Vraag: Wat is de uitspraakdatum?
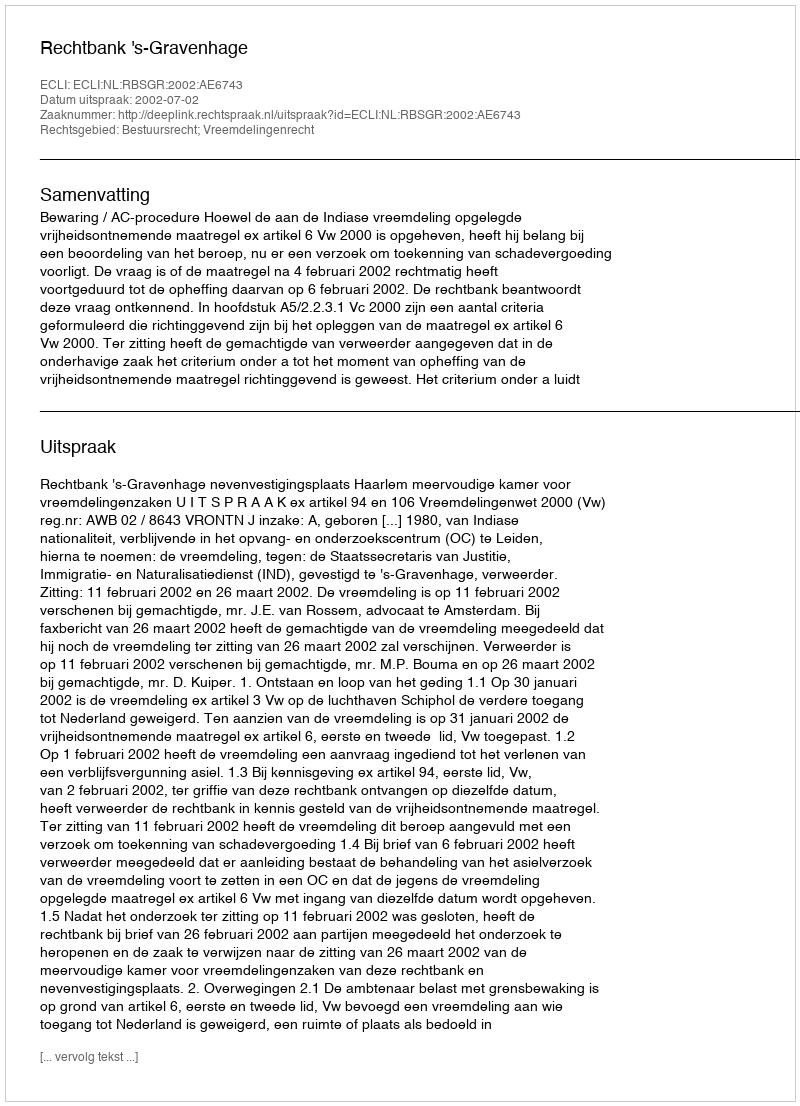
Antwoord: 2002-07-02